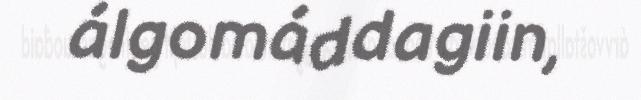
álgomáddagiin,